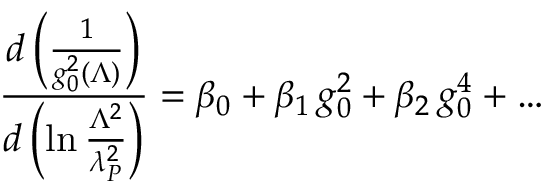
{ \frac { d \left( \frac { 1 } { g _ { 0 } ^ { 2 } ( \Lambda ) } \right) } { d \left( \ln { \frac { \Lambda ^ { 2 } } { \lambda _ { P } ^ { 2 } } } \right) } } = \beta _ { 0 } + { \beta _ { 1 } } \, g _ { 0 } ^ { 2 } + \beta _ { 2 } \, g _ { 0 } ^ { 4 } + \dots